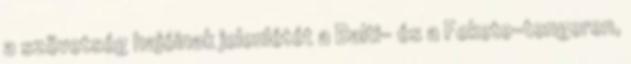
a szövetség hajóinak jelenlétét a Balti- és a Fekete-tengeren,